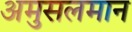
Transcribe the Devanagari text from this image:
अमुसलमान